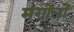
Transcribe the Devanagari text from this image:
मंगोंलों